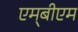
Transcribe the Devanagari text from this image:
एम्‌बीएम